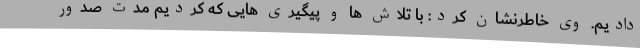
دادیم. وی خاطرنشان کرد: با تلاش‌ ها و پیگیری‌ هایی که کردیم مدت صدور